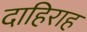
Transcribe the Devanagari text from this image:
दाहिराह